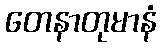
တေနာတုမာနံ